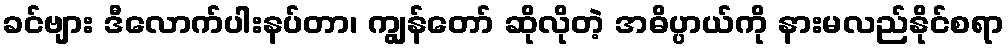
ခင်ဗျား ဒီလောက်ပါးနပ်တာ၊ ကျွန်တော် ဆိုလိုတဲ့ အဓိပ္ပာယ်ကို နားမလည်နိုင်စရာ